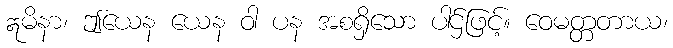
ဣမိနာ၊ ဤယေန ယေန ဝါ ပန အစရှိသော ပါဌ်ဖြင့်။ ဝေမတ္တတာယ၊